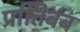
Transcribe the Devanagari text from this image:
प्रतििबब